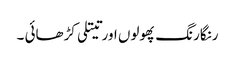
رنگارنگ پھولوں اور تیتلی کڑھائی ۔